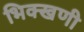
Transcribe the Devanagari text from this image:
भिक्खणी